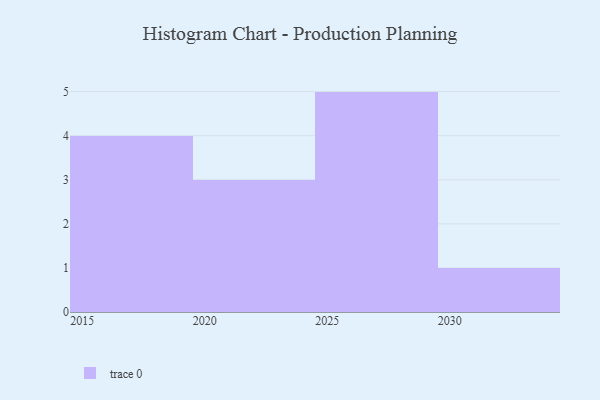
{"axis": {"x": "Year", "y": "Website Visitors"}, "legend": [""], "data": [{"x": "2020", "y": 42, "type": ""}, {"x": "2017", "y": 7, "type": ""}, {"x": "2028", "y": 59, "type": ""}, {"x": "2024", "y": 27, "type": ""}, {"x": "2023", "y": 9, "type": ""}, {"x": "2030", "y": 54, "type": ""}, {"x": "2016", "y": 69, "type": ""}, {"x": "2029", "y": 99, "type": ""}, {"x": "2026", "y": 83, "type": ""}, {"x": "2015", "y": 30, "type": ""}, {"x": "2027", "y": 66, "type": ""}, {"x": "2025", "y": 82, "type": ""}, {"x": "2018", "y": 71, "type": ""}]}